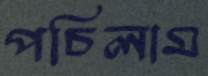
পচিলাম